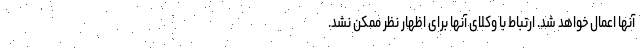
آنها اعمال خواهد شد. ارتباط با وکلای آنها برای اظهار نظر ممکن نشد.